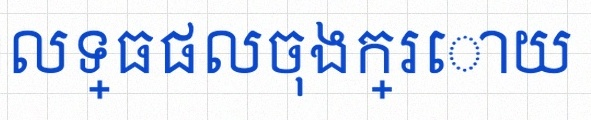
គណនាលទ្ធផលចុងក្រោយ